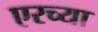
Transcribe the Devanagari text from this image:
एरच्या